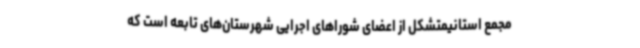
مجمع استانیمتشکل از اعضای شوراهای اجرایی شهرستان‌های تابعه است که